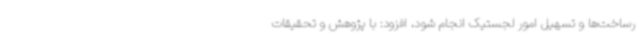
رساخت‌ها و تسهیل امور لجستیک انجام شود، افزود: با پژوهش و تحقیقات